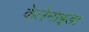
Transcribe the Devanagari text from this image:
केलेनाइडा